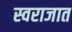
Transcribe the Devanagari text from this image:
स्वराजात